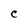
Character: C